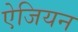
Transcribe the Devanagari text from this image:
ऐजियन